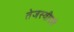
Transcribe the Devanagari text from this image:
तेजस्वीपणे